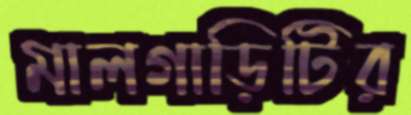
মালগাড়িটির